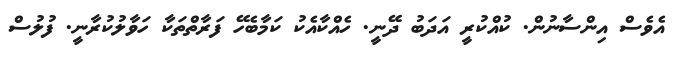
އެވެސް އިންސާނުން. ކުއްކުރީ އަދަބު ދޭނީ. ހެއްކާއެކު ކަމާބެހޭ ފަރާތްތަކާ ހަވާލުކުރާނީ. ފުލުސް